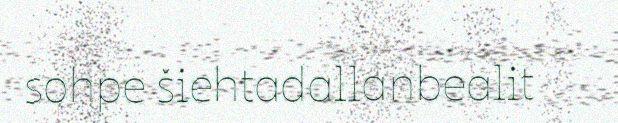
sohpe šiehtadallanbealit